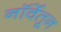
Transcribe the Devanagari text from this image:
नॉर्वेतून